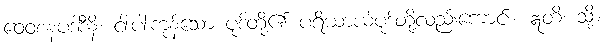
ဝေဝစနပဒါဒီနိ၊ ငါးပါးကုန်သော ပုဒ်တို့၏ ပရိယာယ်ပုဒ်တို့လည်းကောင်း။ ဣတိ၊ သို့။